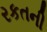
રકતની